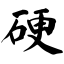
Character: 硬